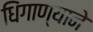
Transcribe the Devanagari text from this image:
धिंगाण्याने